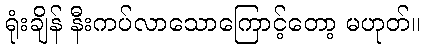
ရုံးချိန် နီးကပ်လာသောကြောင့်တော့ မဟုတ်။